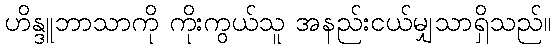
ဟိန္ဒူဘာသာကို ကိုးကွယ်သူ အနည်းငယ်မျှသာရှိသည်။